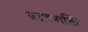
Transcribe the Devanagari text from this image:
प्राणशक्तिः